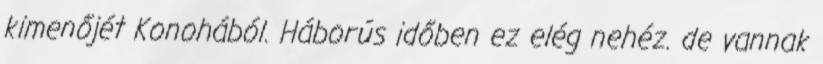
kimenőjét Konohából. Háborús időben ez elég nehéz. de vannak